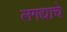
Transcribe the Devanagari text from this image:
लगद्याचे